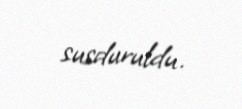
susduruldu.